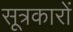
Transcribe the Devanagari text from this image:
सूत्रकारों